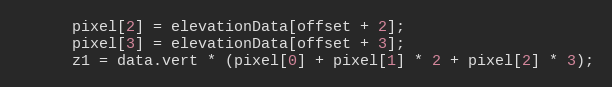
Language: JavaScript
      pixel[2] = elevationData[offset + 2];
      pixel[3] = elevationData[offset + 3];
      z1 = data.vert * (pixel[0] + pixel[1] * 2 + pixel[2] * 3);